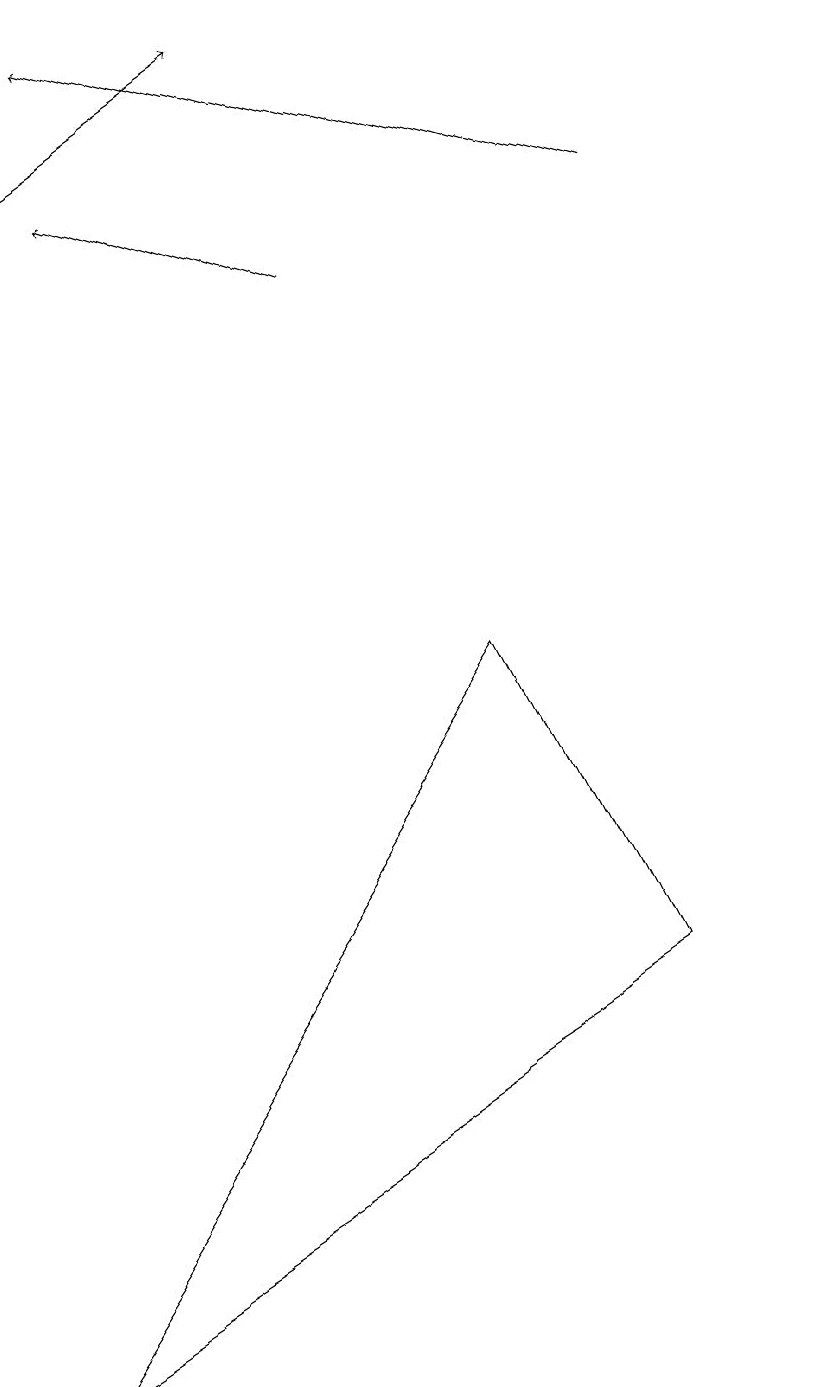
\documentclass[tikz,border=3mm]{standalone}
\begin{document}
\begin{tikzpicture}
\draw[->] (0,15) -- (3,17);
\draw[->] (4,14) -- (1,15);
\draw (10,12) circle (0);
\draw (0,0) -- (6,9) -- (8,5) -- cycle;
\draw[->] (8,15) -- (1,17);
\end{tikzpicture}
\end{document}